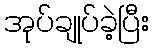
အုပ်ချုပ်ခဲ့ပြီး